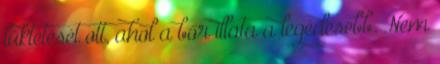
lüktetését ott, ahol a bőr illata a legédesebb. Nem